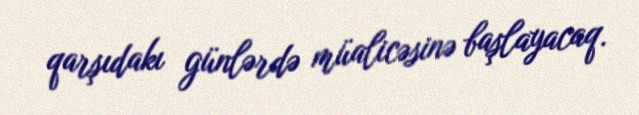
qarşıdakı günlərdə müalicəsinə başlayacaq.